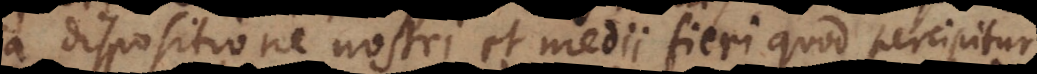
a dispositione nostri et medii fieri quod percipitur,